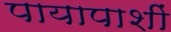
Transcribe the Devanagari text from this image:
पायापाशीं